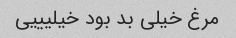
مرغ خیلی بد بود خیلیییی